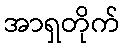
အာရှတိုက်